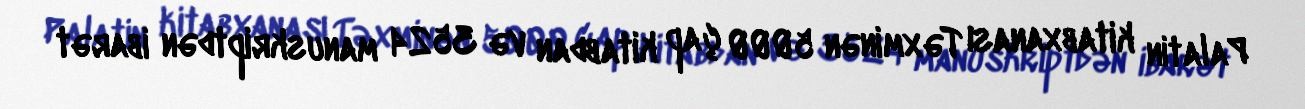
Palatin kitabxanası Təxminən 5000 çap kitabdan və 3524 manuskriptdən ibarət